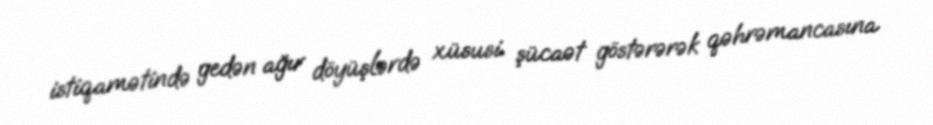
istiqamətində gedən ağır döyüşlərdə xüsusi şücaət göstərərək qəhrəmancasına